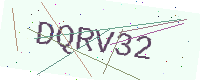
Text: DQRV32